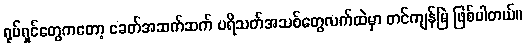
ရုပ်ရှင်တွေကတော့ ခေတ်အဆက်ဆက် ပရိသတ်အသစ်တွေလက်ထဲမှာ တင်ကျန်မြဲ ဖြစ်ပါတယ်။